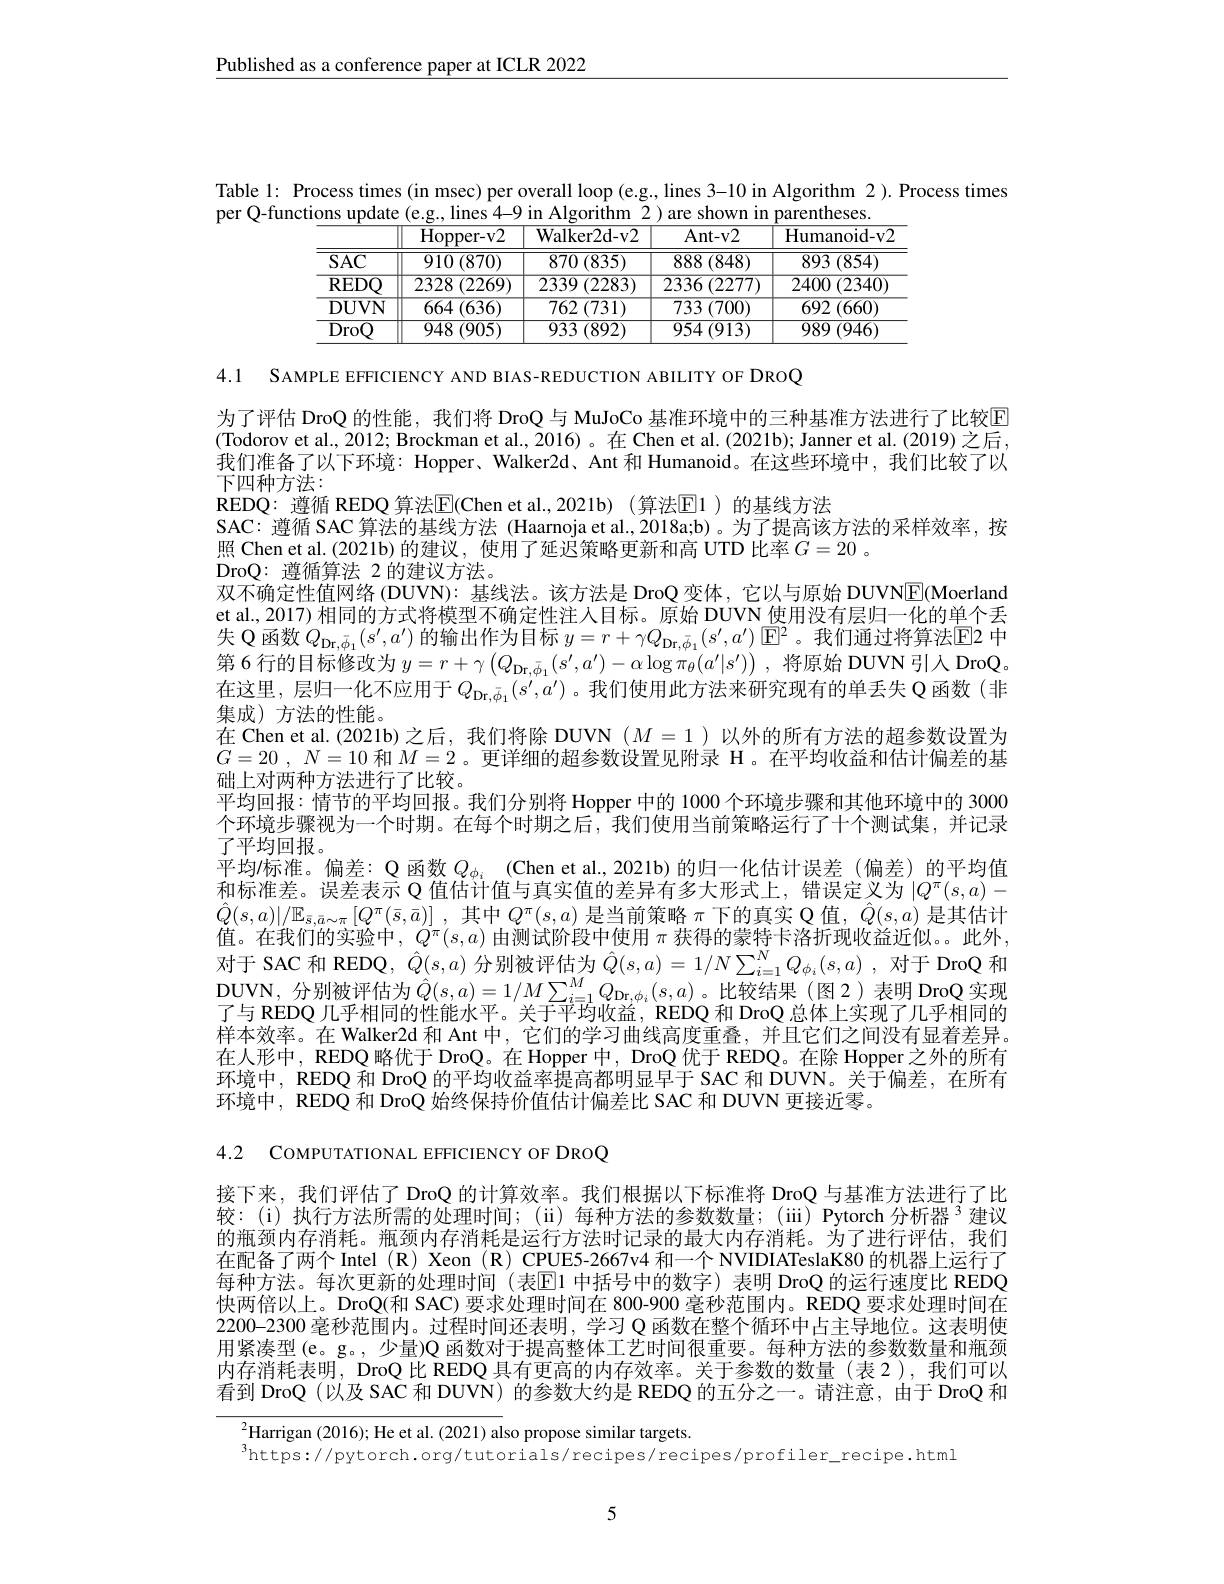
$\underline{\text{Published as a conference paper at ICLR 2022}}$

Table 1: Process times (in msec) per overall loop (e.g., lines 3-10 in Algorithm 2 ). Process times
per Q-functions update (e.g., lines 4-9 in Algorithm 2) are shown in parentheses
<table>
	<tbody>
		<tr>
			<th> </th>
			<th>Hopper- v2</th>
			<th>Walker2d- v2</th>
			<th>Ant- v2</th>
			<th>Humanoid- v2</th>
		</tr>
		<tr>
			<td>$\overline{\mathrm{SAC}}$</td>
			<td>$910\left(870\right)$</td>
			<td>$870\left(835\right)$</td>
			<td>$\overline{888\:(848)}$</td>
			<td>$\overline{893\:(854)}$</td>
		</tr>
		<tr>
			<td>REDO</td>
			<td>2328 (2269)</td>
			<td>$2339\left(2283\right)$</td>
			<td>$2336\left(2277\right)$</td>
			<td>2400 (2340) 1</td>
		</tr>
		<tr>
			<td>DUVN</td>
			<td>$664\left(636\right)$</td>
			<td>$762\left(731\right)$</td>
			<td>$733\left(700\right)$ </td>
			<td>2 (660) 692</td>
		</tr>
		<tr>
			<td>DroO</td>
			<td>$948\left(905\right)$</td>
			<td>933 (892)</td>
			<td>$954\left(913\right)$</td>
			<td>$989\left(946\right)$</td>
		</tr>
	</tbody>
</table>

4.1 SAMPLE EFFICIENCY AND BIAS-REDUCTION ABILITY OF DROQ

为了评估 DroQ 的性能，我们将 DroQ 与 MuJoCo 基准环境中的三种基准方法进行了比较回(Todorov et al., 2012; Brockman et al., 2016)。在 Chen et al. (2021b); Janner et al. (2019) 之后， 我们准备了以下环境：Hopper、Walker2d、Ant 和 Humanoid。在这些环境中，我们比较了以下四种方法：
REDQ: 遵循 REDQ 算法$\overline{\mathrm{E}}($Chen et al.,2021b)(算法▣$\overline{\mathrm{E}}$1)的基线方法
SAC: 遵循 SAC 算法的基线方法 (Haarnoja et al.,2018a;b)。为了提高该方法的采样效率，按
照 Chen et al.(2021b) 的建议，使用了延迟策略更新和高 UTD 比率$G=20$ 。
DroQ: 遵循算法 2 的建议方法。
双不确定性值网络 (DUVN): 基线法。该方法是 DroQ 变体，它以与原始 DUVN$\underline{\mathrm{E}}$(Moerland et al., 2017) 相同的方式将模型不确定性注人目标。原始 DUVN 使用没有层归一化的单个丢失 Q 函数$Q_{\mathrm{Dr},\bar{\phi}_1}(s^{\prime},a^{\prime})$的输出作为目标$y=r+\gamma Q_{\mathrm{Dr},\bar{\phi}_1}(s^{\prime},a^{\prime})\boxed{\mathrm{E}^2}$。我们通过将算法▣2 中第 6 行的目标修改为$y=r+\gamma\left(Q_{\mathrm{Dr},\bar{\phi}_{1}}(s^{\prime},a^{\prime})-\alpha\log\pi_{\theta}(a^{\prime}|s^{\prime})\right)$,将原始 DUVN 引人 DroQ。在这里，层归一化不应用于$Q_{\mathrm{Dr},\bar{\phi}_1}(s^{\prime},a^{\prime})$。我们使用此方法来研究现有的单丢失 Q 函数(非集成)方法的性能。
在 Chen et al.(2021b)之后，我们将除 DUVN $(M=1$ )以外的所有方法的超参数设置为$G= 20$ , $N= 10$和$M=2$ 。更详细的超参数设置见附录 H。在平均收益和估计偏差的基础上对两种方法进行了比较。
平均回报：情节的平均回报。我们分别将 Hopper 中的 1000 个环境步骤和其他环境中的 3000个环境步骤视为一个时期。在每个时期之后，我们使用当前策略运行了十个测试集，并记录了平均回报。
平均/标准。偏差：Q 函数$Q_{\phi_i}$ (Chen et al.,2021b)的归一化估计误差(偏差)的平均值和标准差。误差表示 Q 值估计值与真实值的差异有多大形式上，错误定义为$|Q^\pi(s,a)-$ $\hat{Q}(s,a)|/\mathbb{E}_{\bar{s},\bar{a}\sim\pi}\left[Q^{\pi}(\bar{s},\bar{a})\right]$,其中$Q^\pi(s,a)$是当前策略 $\pi$下的真实 Q 值，$\hat{Q}(s,a)$ 是其估计值。在我们的实验中，$\ddot Q^\pi(s,a)$由测试阶段中使用$\pi$获得的蒙特卡洛折现收益近似。此外， 对于 SAC 和 REDQ, $\hat{Q}(s,a)$分别被评估为$\hat{Q}(s,a)=1/N\sum_{i=1}^{N}Q_{\phi_i}(s,a)$ ,对于 DroQ 和$\begin{array}{l}\mathrm{DUVN,分别被评估为}\hat{Q}(s,a)=1/M\sum_{i=1}^{M}Q_{{\mathrm{Dr},\phi_{i}}}(s,a)\text{。比较结果(图 2)表明 DroQ 实现}\\\text{了与 REDQ 几乎相同的性能水平。关于平均收益，REDQ 和 DroQ 总体上实现了几乎相同的}\end{array}$ 样本效率。在 Walker2d 和 Ant 中，它们的学习曲线高度重叠，并且它们之间没有显着差异。在人形中，REDQ 略优于 DroQ。在 Hopper 中，DroQ 优于 REDQ。在除 Hopper之外的所有环境中，REDQ 和 DroQ 的平均收益率提高都明显早于 SAC 和 DUVN。关于偏差，在所有环境中，REDQ 和 DroQ 始终保持价值估计偏差比 SAC 和 DUVN 更接近零。

4.2 COMPUTATIONAL EFFICIENCY OF DROQ

接下来，我们评估了 DroQ 的计算效率。我们根据以下标准将 DroQ 与基准方法进行了比较：(i)执行方法所需的处理时间；(ii)每种方法的参数数量；(iii) Pytorch 分析器$^{3}$建议的瓶颈内存消耗。瓶颈内存消耗是运行方法时记录的最大内存消耗。为了进行评估，我们在配备了两个 Intel (R) Xeon (R) CPUE5-2667v4 和一个 NVIDIATeslaK80 的机器上运行了每种方法。每次更新的处理时间(表E1 中括号中的数字)表明 DroQ 的运行速度比 REDQ 快两倍以上。DroQ(和 SAC) 要求处理时间在 800-900 毫秒范围内。REDQ 要求处理时间在2200-2300 毫秒范围内。过程时间还表明，学习 Q 函数在整个循环中占主导地位。这表明使用紧凑型(e。g。,少量)Q 函数对于提高整体工艺时间很重要。每种方法的参数数量和瓶颈中在淡托韦阳$^{[\mathrm{o}]}$ 内存消耗表明，DroQ 比 REDQ 具有更高的内存效率。关于参数的数量(表2),我们可以看到 DroQ (以及 SAC 和 DUVN) 的参数大约是 REDQ 的五分之一。请注意，由于 DroQ 和

$^{2}$Harrigan (2016); He et al. (2021) also propose similar targets.
$^{3}$https://pytorch.org/tutorials/recipes/recipes/profiler\_recipe.html

5